Civil Veterinary Department Bihar & Orissa reports 1922-29 - 1922-1929
Year: 1922
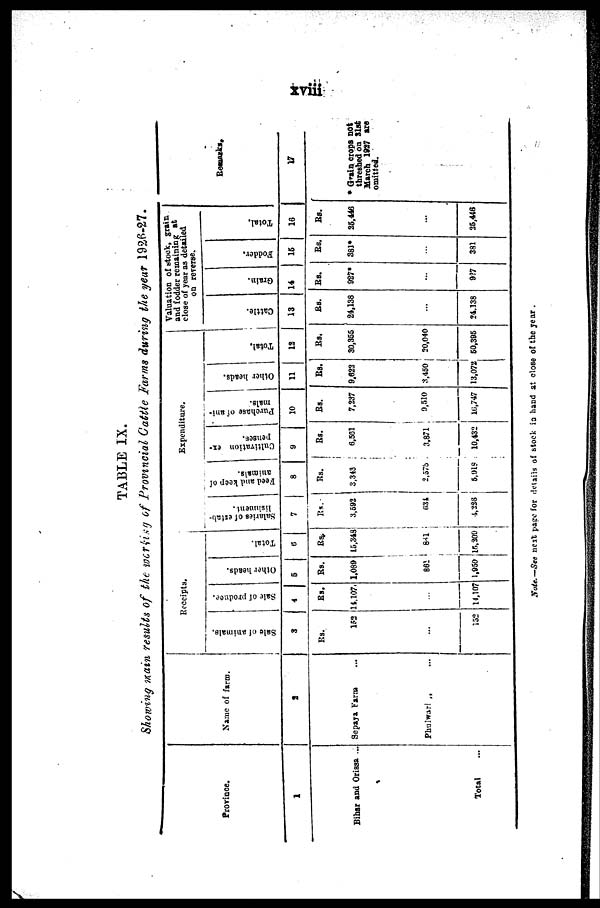
TABLE IX.
Showing main results of the working of Provincial Cattle Farms during the year 1926-27.
Province.
1
Bihar and Orissst ...
Total
Name of farm.
2
Sepaya Farm
Phulwari „ ...
Receipts.
Sale of animals.
3
Rs.
152
...
152
Sale of produce.
4
Rs.
14,107.
...
14,107
Other heads.
5
Rs.
1,089
865
1,950
Total.
6
Rs
15,343
Expenditure.
Salaries of estab-
lishment .
7
Rs.
3,592
841
634
16,309
4,226
Feed and keep of
animals.
8
Rs.
3,343
2,575
5,919
Cultivation ex-
penses.
9
Rs.
6,561
3,871
10,432
Purchase of ani-
mals.
10
Rs.
7,237
9,510
16,747
Other heads.
11
Rs.
9,622
3,450
13,072
Total.
13
Rs.
30,355
20,040
50,395
Valuation of stock, grain,
and fodder remaining at
close of year as detailed
on reverse.
Cattle.
13
Rs.
24,138
...
24.138
Grain.
14
Rs.
927*
...
927
Fodder.
15
Rs.
S8J*
...
381
Total.
16
Rs.
25,446
...
25,446
Remarks,
17
'
* Grain crops not
threshed on 31st March 1927 are
omitted.
Note.—See nest page for details of stock is hand at close of the year .